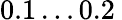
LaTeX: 0.1\dots 0.2\